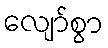
လျော်စွာ